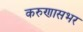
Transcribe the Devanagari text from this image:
करुणासभर